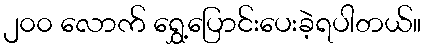
၂၀၀ လောက် ရွှေ့ပြောင်းပေးခဲ့ရပါတယ်။